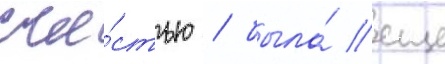
сча́стью / была́ еще